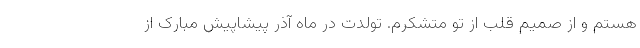
هستم و از صمیم قلب از تو متشکرم. تولدت در ماه آذر پیشاپیش مبارک از